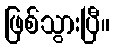
ဖြစ်သွားပြီ။